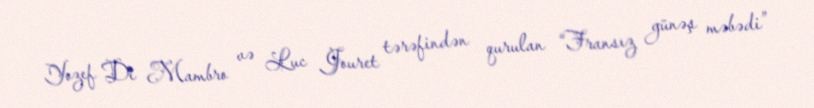
Yozef Di Mambro və Luc Jouret tərəfindən qurulan “Fransız günəş məbədi”